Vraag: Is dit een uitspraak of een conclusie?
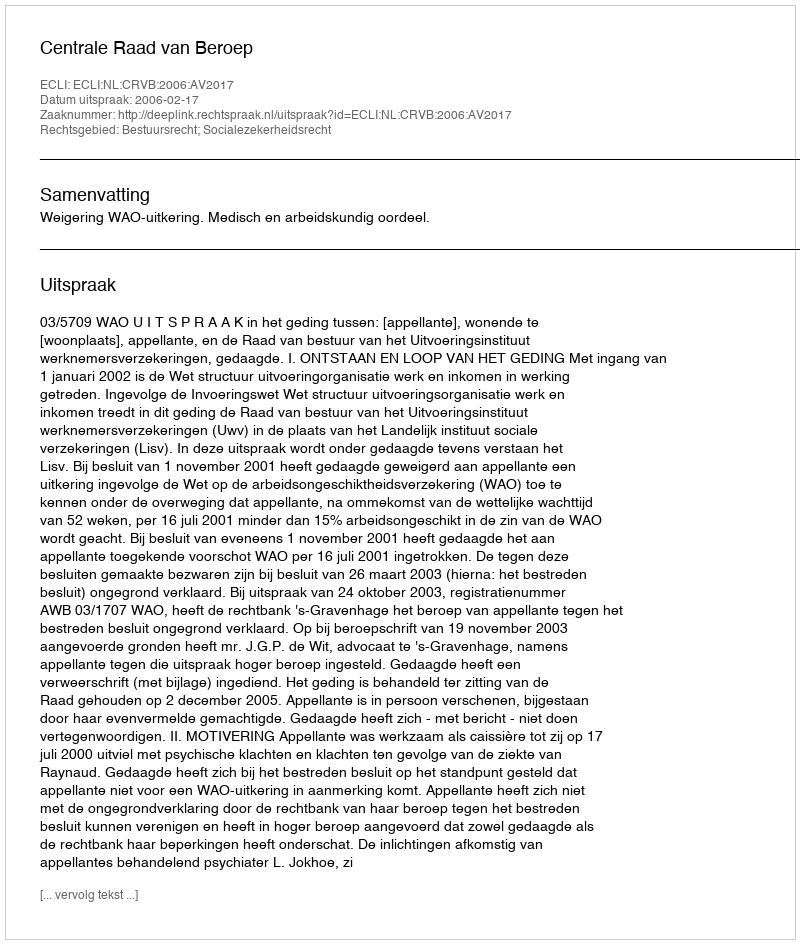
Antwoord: Uitspraak